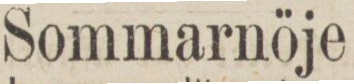
Sommarnöje